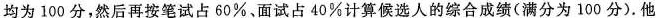
均为100分，然后再按笔试占60%、面试占40%计算候选人的综合成绩(满分为100分).他